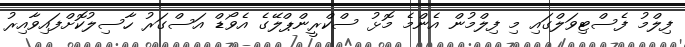
ފިލްމު ފެސްޓިވަލްގައި މި ފިލްމުން އެންމެ މޮޅު ސްކްރީންޕްލޭގެ އެވޯޑް އަސްގަރު ހާސިލުކޮށްފައިވާއިރު